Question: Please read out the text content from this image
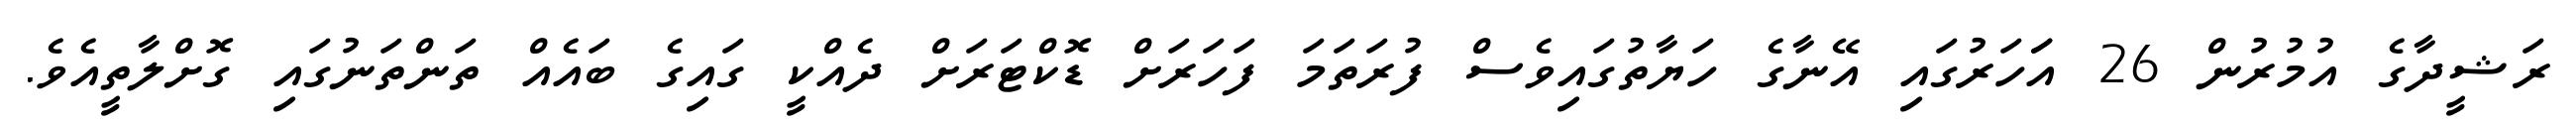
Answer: ރަޝީދާގެ އުމުރުން 26 އަަހަރުގައި އޭނާގެ ހަޔާތުގައިވެސް ފުރަތަމަ ފަހަރަށް ޑޮކްޓަރަށް ދެއްކީ ގައިގެ ބައެއް ތަންތަނުގައި ގޮށްލާތީއެވެ.